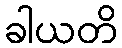
ခါယတိ